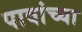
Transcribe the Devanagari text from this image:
पावांच्या